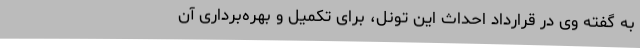
به گفته وی در قرارداد احداث این تونل، برای تکمیل و بهره‌برداری آن